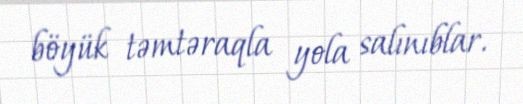
böyük təmtəraqla yola salınıblar.